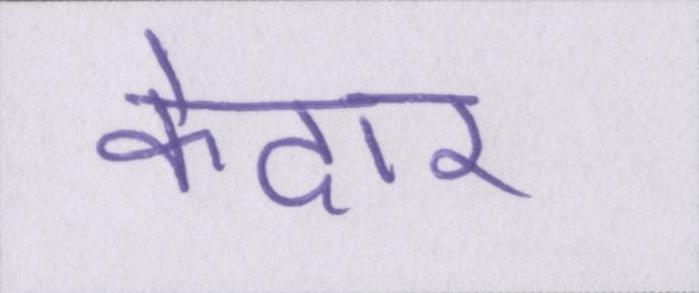
केदार